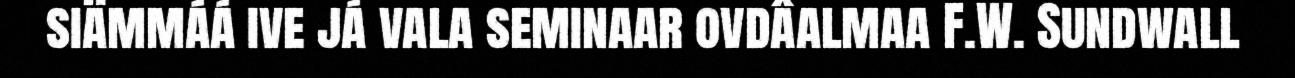
siämmáá ive já vala seminaar ovdâalmaa F.W. Sundwall